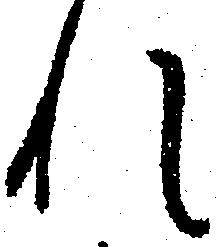
れ